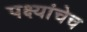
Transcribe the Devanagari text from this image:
पक्ष्यांचेच